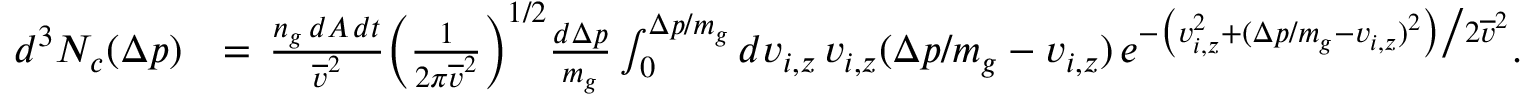
\begin{array} { r l } { d ^ { 3 } N _ { c } ( \Delta p ) } & { = \, \frac { n _ { g } \, d A \, d t } { \overline { { v } } ^ { 2 } } \bigg ( \frac { 1 } { 2 \pi \overline { { v } } ^ { 2 } } \bigg ) ^ { 1 / 2 } \frac { d \Delta p } { m _ { g } } \int _ { 0 } ^ { \Delta p / m _ { g } } d v _ { i , z } \, v _ { i , z } ( \Delta p / m _ { g } - v _ { i , z } ) \, e ^ { - \big ( v _ { i , z } ^ { 2 } + ( \Delta p / m _ { g } - v _ { i , z } ) ^ { 2 } \big ) \big / 2 \overline { { v } } ^ { 2 } } . } \end{array}